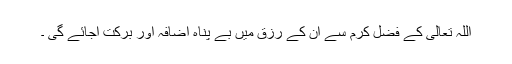
اللہ تعالی کے فضل کرم سے ان کے رزق میں بے پناہ اضافہ اور برکت آجائے گی ۔